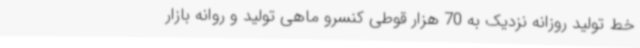
خط تولید روزانه نزدیک به 70 هزار قوطی کنسرو ماهی تولید و روانه بازار